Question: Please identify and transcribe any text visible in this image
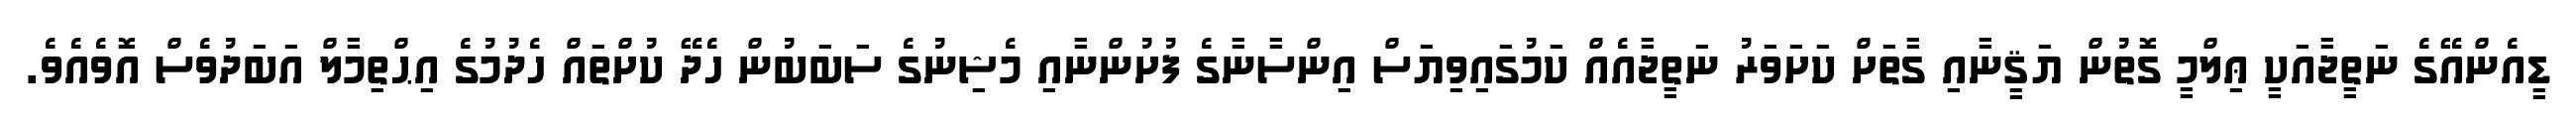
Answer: ޑީއެންއޭގެ ނަތީޖާއަކީ ޢިލްމީ ގޮތުން ޔަޤީނާއި ގާތަށް ކަށަވަރު ނަތީޖާއެއް ކަމުގައިވިޔަސް އިންސާނާގެ ފުށުންނާއި މެޝިނުގެ ސަބަބުން ހެދޭ ކުށްތައް ހެދުމުގެ އިޙްތިމާލް އަބަދުވެސް އޮވެއެވެ.